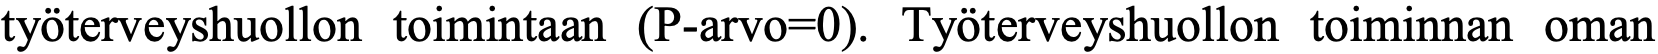
työterveyshuollon toimintaan (P-arvo=0). Työterveyshuollon toiminnan oman